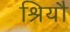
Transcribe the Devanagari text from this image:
श्रियौ